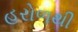
હરોળથી